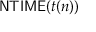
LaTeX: { \mathsf { N T I M E } } ( t ( n ) )